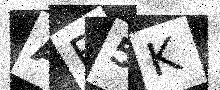
Text: AB5K